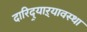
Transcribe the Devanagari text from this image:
दारिद्र्याऱ्यावस्था